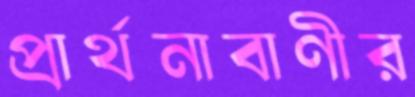
প্রার্থনাবাণীর